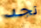
تجد